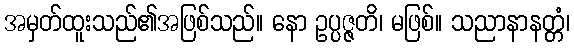
အမှတ်ထူးသည်၏အဖြစ်သည်။ နော ဥပ္ပဇ္ဇတိ၊ မဖြစ်။ သညာနာနတ္တံ၊